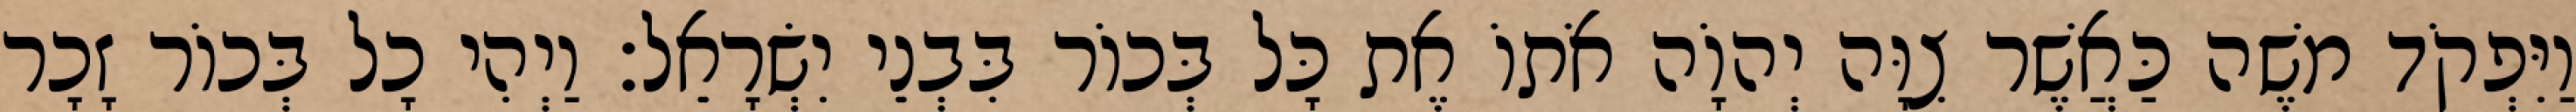
וַיִּפְקֹד משֶׁה כַּאֲשֶׁר צִוָּה יְהוָֹה אֹתוֹ אֶת כָּל בְּכוֹר בִּבְנֵי יִשְׂרָאֵל׃ וַיְהִי כָל בְּכוֹר זָכָר